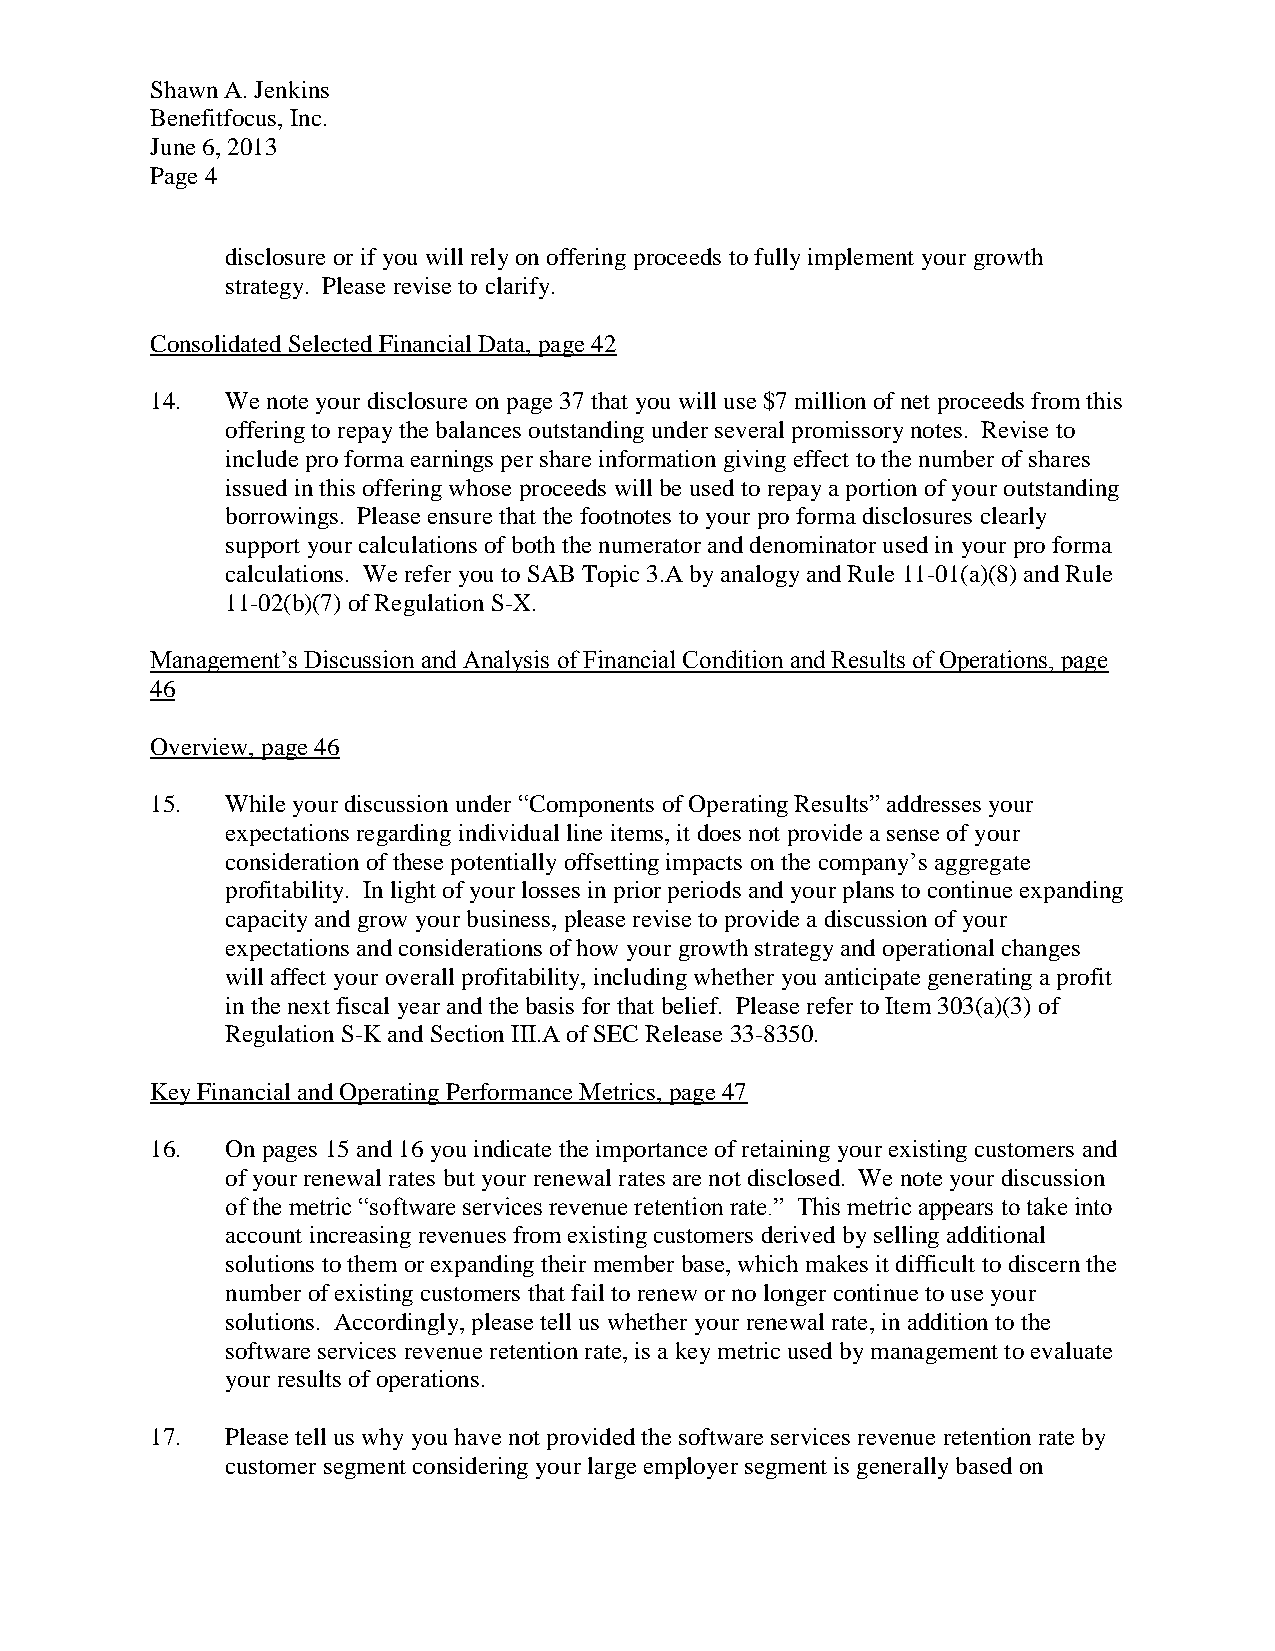
Shawn A. Jenkins
 Benefitfocus, Inc.
 June 6, 2013
 Page 4
 disclosure or if you will rely on offering proceeds to fully implement your growth
 strategy. Please revise to clarify.
 Consolidated Selected Financial Data, page 42
 14.  We note your disclosure on page 37 that you will use $7 million of net proceeds from this
 offering to repay the balances outstanding under several promissory notes. Revise to
 include pro forma earnings per share information giving effect to the number of shares
 issued in this offering whose proceeds will be used to repay a portion of your outstanding
 borrowings. Please ensure that the footnotes to your pro forma disclosures clearly
 support your calculations of both the numerator and denominator used in your pro forma
 calculations. We refer you to SAB Topic 3.A by analogy and Rule 11-01(a)(8) and Rule
 11-02(b)(7) of Regulation S-X.
 Management’s Discussion and Analysis of Financial Condition and Results of Operations, page
 46
 Overview, page 46
 15.  While your discussion under “Components of Operating Results” addresses your
 expectations regarding individual line items, it does not provide a sense of your
 consideration of these potentially offsetting impacts on the company’s aggregate
 profitability. In light of your losses in prior periods and your plans to continue expanding
 capacity and grow your business, please revise to provide a discussion of your
 expectations and considerations of how your growth strategy and operational changes
 will affect your overall profitability, including whether you anticipate generating a profit
 in the next fiscal year and the basis for that belief. Please refer to Item 303(a)(3) of
 Regulation S-K and Section III.A of SEC Release 33-8350.
 Key Financial and Operating Performance Metrics, page 47
 16.  On pages 15 and 16 you indicate the importance of retaining your existing customers and
 of your renewal rates but your renewal rates are not disclosed. We note your discussion
 of the metric “software services revenue retention rate.” This metric appears to take into
 account increasing revenues from existing customers derived by selling additional
 solutions to them or expanding their member base, which makes it difficult to discern the
 number of existing customers that fail to renew or no longer continue to use your
 solutions. Accordingly, please tell us whether your renewal rate, in addition to the
 software services revenue retention rate, is a key metric used by management to evaluate
 your results of operations.
 17.  Please tell us why you have not provided the software services revenue retention rate by
 customer segment considering your large employer segment is generally based on